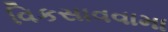
વિકસાવવામા